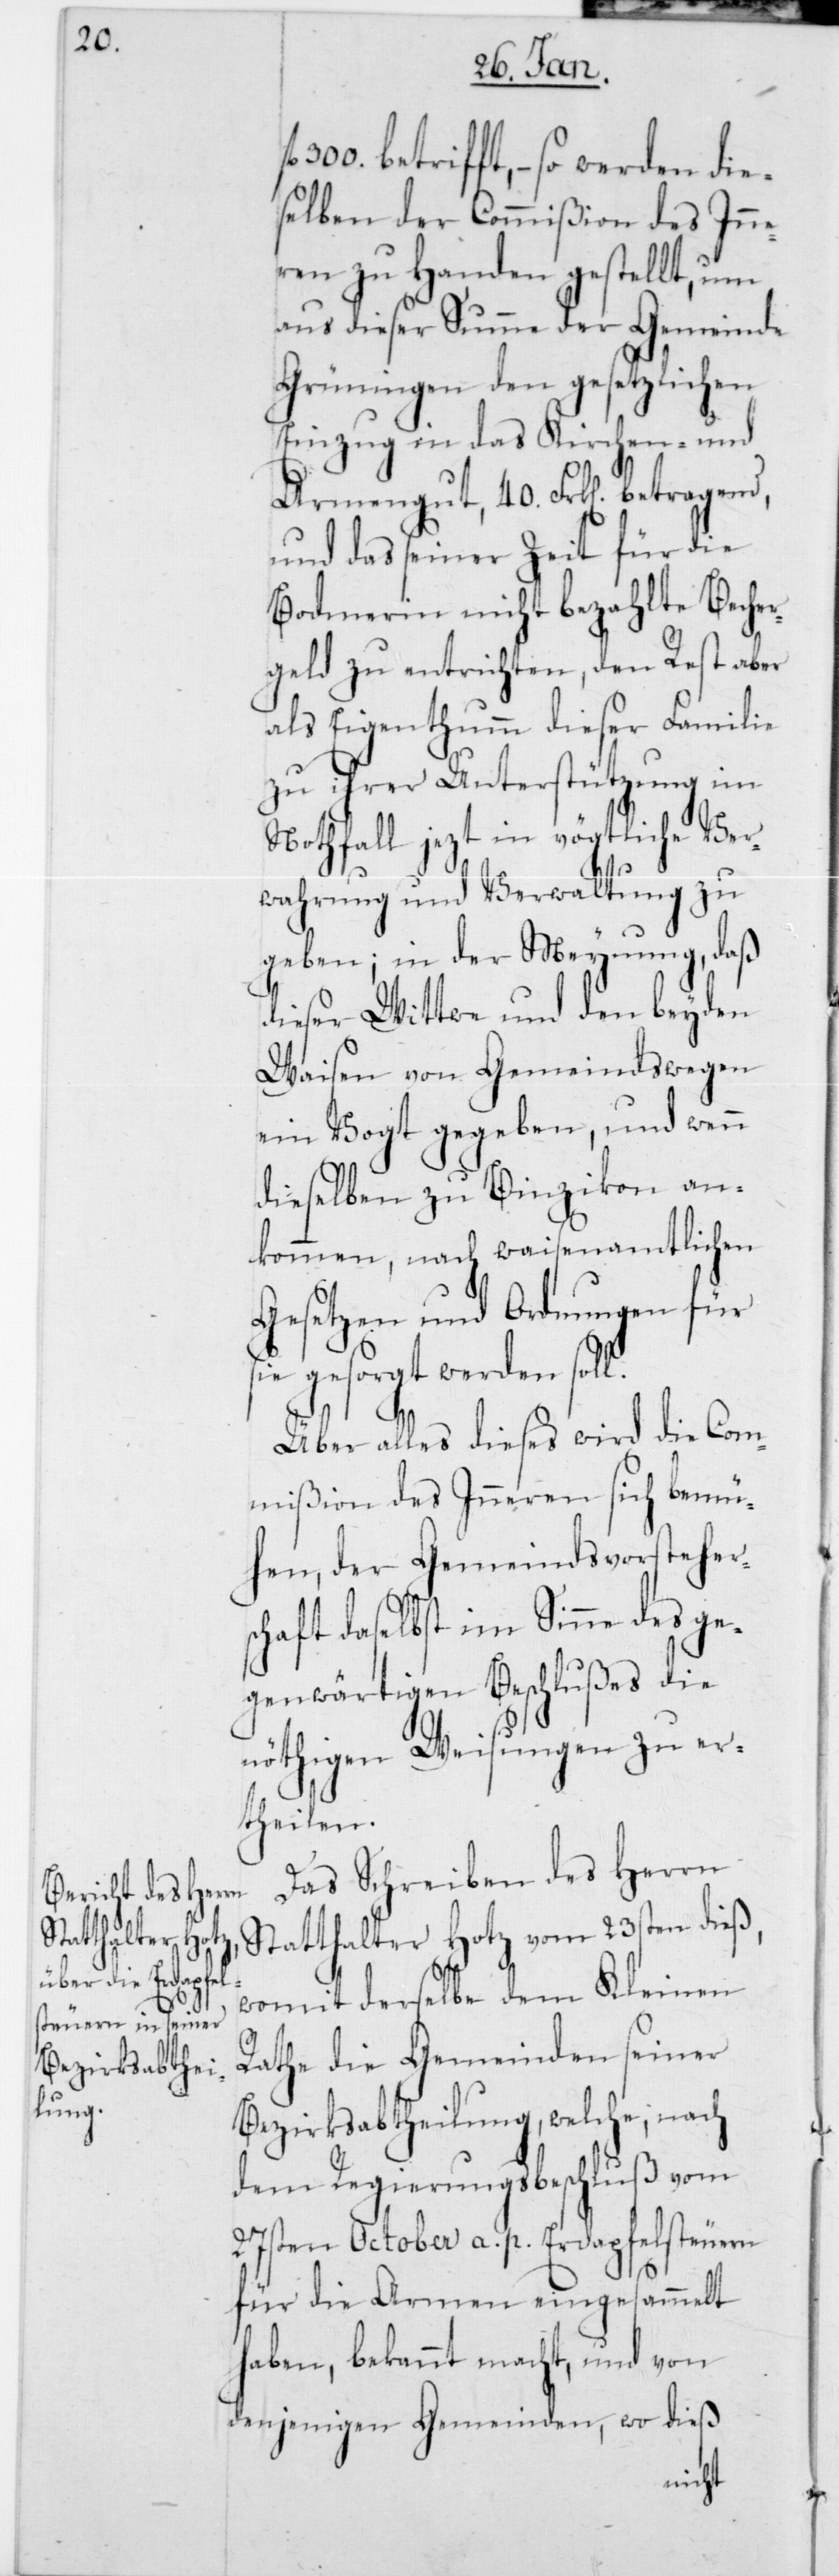
300.

betrifft, – so werden die¬
selben der Commißion des Inne¬
rn zu Handen gestellt, um
aus dieser Summe der Gemeinde
Grüningen den gesetzlichen
Einzug in das Kirchen- und
Armengut, 40 Frk. betragend,
und das seiner Zeit für die
Bodmerin nicht bezahlte Becher¬
geld zu entrichten, den Rest aber
als Eigenthum dieser Familie
zu ihrer Unterstützung im
Nothfall jezt in vögtliche Ver¬
wahrung und Verwaltung zu
geben; in der Meynung, daß
dieser Wittwe und den beyden
Waisen von Gemeindswegen
ein Vogt gegeben, und wenn
dieselben zu Binzikon an¬
kommen, nach waisenamtlichen
Gesetzen und Ordnungen für
sie gesorgt werden soll.
Über alles dieses wird die Com¬
mißion des Innern sich bemü¬
hen, der Gemeindsvorstehers¬
chaft daselbst im Sinne des ge¬
genwärtigen Beschlußes die
nöthigen Weisungen zu er¬
theilen.
Das Schreiben des Herrn
Statthalter Hotz vom 23sten dieß,
womit derselbe dem Kleinen
Rathe die Gemeinden seiner
Bezirksabtheilung, welche, nach
dem Regierungsbeschluß vom
27sten October a. p. Erdapfelsteuern
für die Armen eingesammelt
haben, bekannt macht, und von
denjenigen Gemeinden, wo dieß